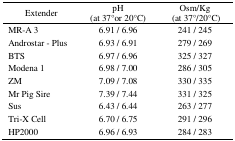
<table><thead><tr><td><b>Extender</b></td><td><b>pH (at 37°or 20°C)</b></td><td><b>Osm/Kg (at 37°/20°C)</b></td></tr></thead><tbody><tr><td>MR-A 3</td><td>6.91 / 6.96</td><td>241 / 245</td></tr><tr><td>Androstar - Plus</td><td>6.93 / 6.91</td><td>279 / 269</td></tr><tr><td>BTS</td><td>6.97 / 6.96</td><td>325 / 327 </td></tr><tr><td>Modena 1</td><td>6.98 / 7.00</td><td>286 / 305</td></tr><tr><td>ZM</td><td>7.09 / 7.08</td><td>330 / 335</td></tr><tr><td>Mr Pig Sire</td><td>7.39 / 7.44</td><td>331 / 325</td></tr><tr><td>Sus</td><td>6.43 / 6.44</td><td>263 / 277 </td></tr><tr><td>Tri-X Cell</td><td>6.70 / 6.75</td><td>291 / 296</td></tr><tr><td>HP2000</td><td>6.96 / 6.93</td><td>284 / 283</td></tr></tbody></table>